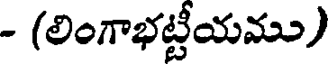
- (లింగాభట్టీయము)